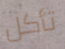
تأكل